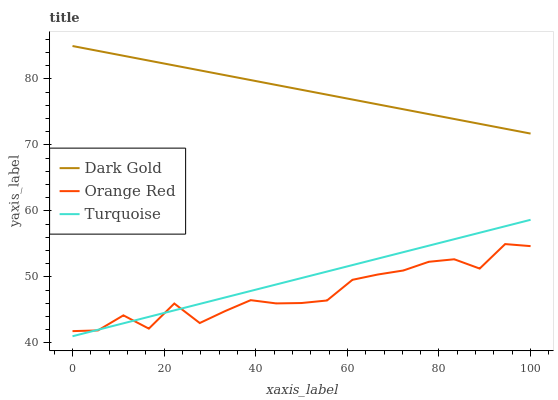
| xaxis_label | Dark Gold | Orange Red | Turquoise |
 | --- | --- | --- | --- |
 | 0 | 85 | 41.8 | 41 |
 | 5.56 | 84.3 | 41.9 | 42 |
 | 11.1 | 83.5 | 44.2 | 43 |
 | 16.7 | 82.8 | 42.2 | 43.9 |
 | 22.2 | 82 | 46 | 44.9 |
 | 27.8 | 81.3 | 43 | 45.9 |
 | 33.3 | 80.6 | 44.8 | 46.9 |
 | 38.9 | 79.8 | 46.5 | 47.9 |
 | 44.4 | 79.1 | 46 | 48.8 |
 | 50 | 78.4 | 46 | 49.8 |
 | 55.6 | 77.6 | 46.4 | 50.8 |
 | 61.1 | 76.9 | 49.6 | 51.8 |
 | 66.7 | 76.1 | 50.4 | 52.8 |
 | 72.2 | 75.4 | 51 | 53.8 |
 | 77.8 | 74.7 | 52.3 | 54.7 |
 | 83.3 | 73.9 | 52.7 | 55.7 |
 | 88.9 | 73.2 | 51.3 | 56.7 |
 | 94.4 | 72.5 | 55 | 57.7 |
 | 100 | 71.7 | 54.7 | 58.7 |